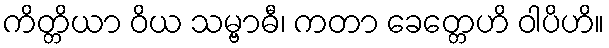
ကိတ္တိယာ ဝိယ သမ္ဗာဓီ၊ ကတာ ခေတ္တေဟိ ဝါပိဟိ။